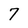
Character: 7